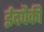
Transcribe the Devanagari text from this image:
ईदपैकी